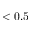
< 0 . 5